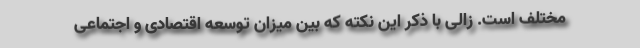
مختلف است. زالی با ذکر این نکته که بین میزان توسعه اقتصادی و اجتماعی